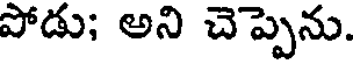
పోడు; అని చెప్పెను.